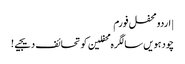
| اردو محفل فورم
چودہویں سالگرہ محفلین کو تحائف دیجیے!